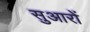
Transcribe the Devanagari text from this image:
सुआरों